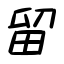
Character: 留